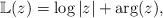
LaTeX: \begin{align*}\mathbb{L}(z) = \log \vert z\vert + \mathrm{arg}(z),\end{align*}